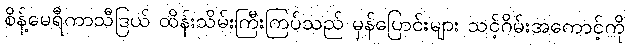
စိန့်မေရီကာသီဒြယ် ထိန်းသိမ်းကြီးကြပ်သည် မှန်ပြောင်းများ သင့်ဂိမ်းအကောင့်ကို